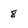
Character: 8